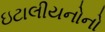
ઇટાલીયનોનો